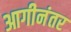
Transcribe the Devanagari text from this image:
आगीनंतर